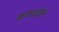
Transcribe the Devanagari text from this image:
कन्गळाल